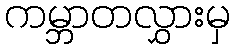
ကမ္ဘာတလွှားမှ